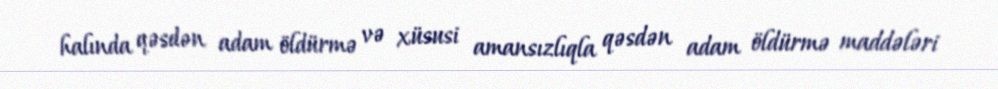
halında qəsdən adam öldürmə və xüsusi amansızlıqla qəsdən adam öldürmə maddələri